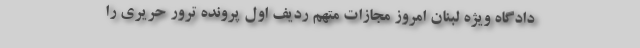
دادگاه ویژه لبنان امروز مجازات متهم ردیف اول پرونده ترور حریری را